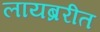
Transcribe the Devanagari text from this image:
लायब्ररीत